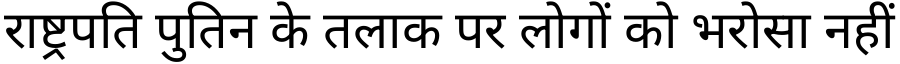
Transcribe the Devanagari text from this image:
राष्ट्रपति पुतिन के तलाक पर लोगों को भरोसा नहीं